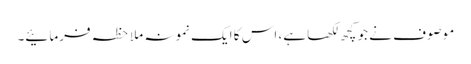
موصوف نے جو کچھ لکھا ہے، اس کا ایک نمونہ ملاحظہ فرمائیے۔